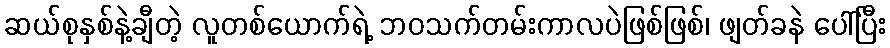
ဆယ်စုနှစ်နဲ့ချီတဲ့ လူတစ်ယောက်ရဲ့ ဘဝသက်တမ်းကာလပဲဖြစ်ဖြစ်၊ ဖျတ်ခနဲ ပေါ်ပြီး